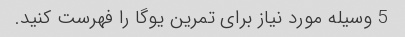
5 وسیله مورد نیاز برای تمرین یوگا را فهرست کنید.